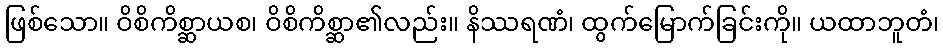
ဖြစ်သော။ ဝိစိကိစ္ဆာယစ၊ ဝိစိကိစ္ဆာ၏လည်း။ နိဿရဏံ၊ ထွက်မြောက်ခြင်းကို။ ယထာဘူတံ၊